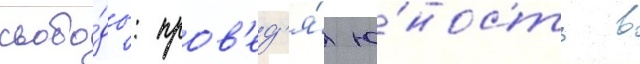
свобо́ды: пров'ед'я́ ю́ность в